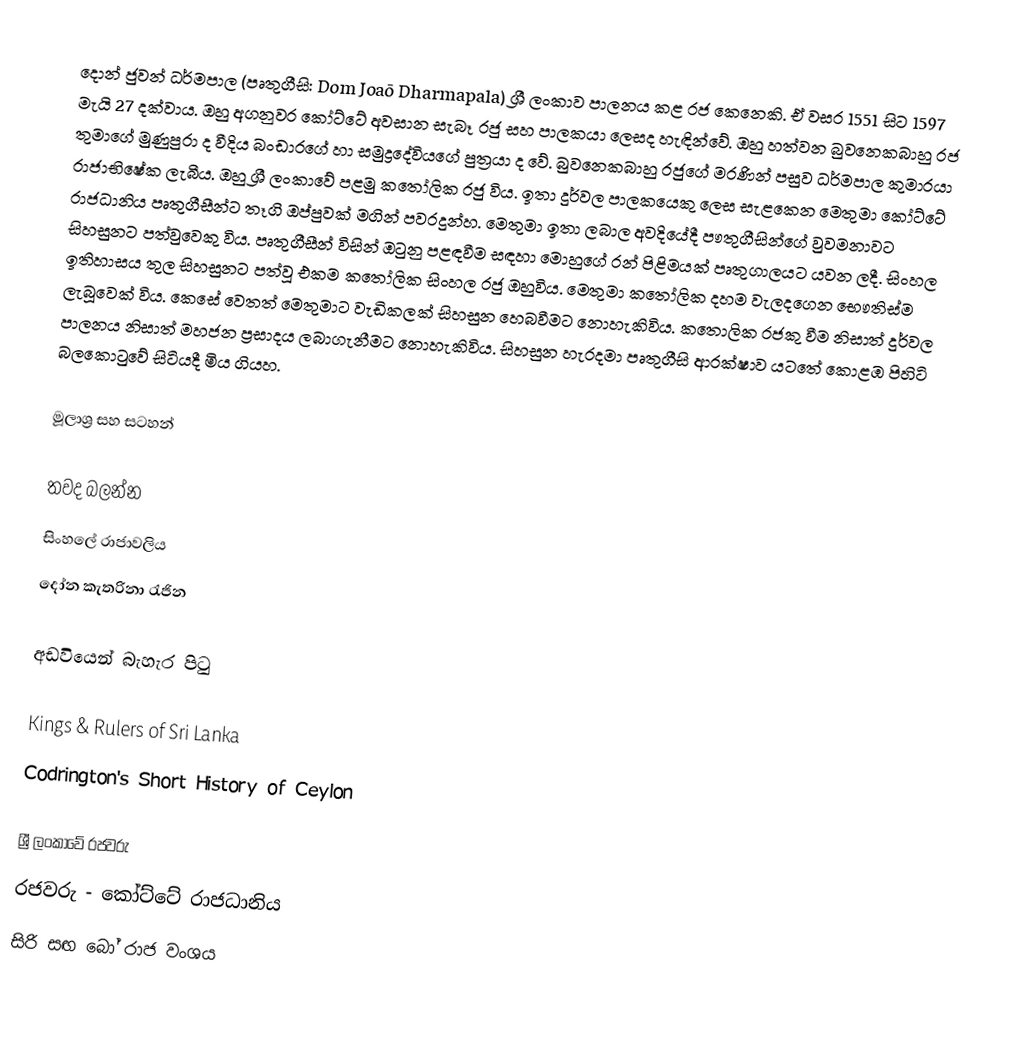
දොන් ජුවන් ධර්මපාල (පෘතුගීසි: Dom Joaõ Dharmapala) ශ්‍රී ලංකාව පාලනය කළ රජ කෙනෙකි. ඒ වසර 1551 සිට 1597 මැයි 27 දක්වාය. ඔහු අගනුවර කෝට්ටේ අවසාන සැබෑ රජු සහ පාලකයා ලෙසද හැඳින්වේ. ඔහු හත්වන බුවනෙකබාහු රජ තුමාගේ මුණුපුරා ද වීදිය බංඩාරගේ හා සමුද්‍රදේවියගේ පුත්‍රයා ද වේ.  බුවනෙකබාහු රජුගේ මරණින් පසුව ධර්මපාල කුමාරයා රාජාභිෂේක ලැබීය. ඔහු ශ්‍රී ලංකාවේ පළමු කතෝලික රජු විය. ඉතා දුර්වල පාලකයෙකු ලෙස සැළකෙන මෙතුමා කෝට්ටේ රාජධානිය පෘතුගීසීන්ට තෑගි ඔප්පුවක් මගින් පවරදුන්හ. මෙතුමා ඉතා ලබාල අවදියේදී පෟතුගීසින්ගේ වුවමනාවට සිහසුනට පත්වුවෙකු විය. පෘතුගීසීන් විසින් ඔටුනු පළඳවීම සඳහා මොහුගේ රන් පිළිමයක් පෘතුගාලයට යවන ලදී. සිංහල ඉතිහාසය තුල සිහසුනට පත්වූ එකම කතෝලික සිංහල රජු ඔහුවිය. මෙතුමා කතෝලික දහම වැලදගෙන භෞතිස්ම ලැබූවෙක් විය. කෙසේ වෙතත් මෙතුමාට වැඩිකලක් සිහසුන හෙබවීමට නොහැකිවිය. කතොලික රජකු වීම නිසාත් දුර්වල පාලනය නිසාත් මහජන ප්‍රසාදය ලබාගැනීමට නොහැකිවිය. සිහසුන හැරදමා පෘතුගීසි ආරක්ෂාව යටතේ කොළඹ පිහිටි බලකොටුවේ සිටියදී මිය ගියහ.

මූලාශ්‍ර සහ සටහන්

තවද බලන්න​
 සිංහලේ රාජාවලිය
 දෝන කැතරිනා රැජින

අඩවියෙන් බැහැර පිටු

 Kings & Rulers of Sri Lanka
 Codrington's Short History of Ceylon

ශ්‍රී ලංකාවේ රජවරු
රජවරු - කෝට්ටේ රාජධානිය
සිරි සඟ බෝ රාජ වංශය